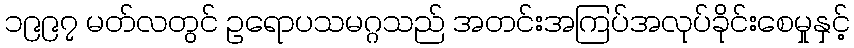
၁၉၉၇ မတ်လတွင် ဥရောပသမဂ္ဂသည် အတင်းအကြပ်အလုပ်ခိုင်းစေမှုနှင့်